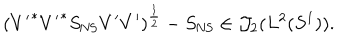
LaTeX: ( { V ^ { \prime } } ^ { * } { V ^ { \prime } } ^ { * } S _ { \mathrm { N S } } V ^ { \prime } V ^ { \prime } ) ^ { \frac { 1 } { 2 } } - S _ { \mathrm { N S } } \in { \cal J } _ { 2 } ( L ^ { 2 } ( S ^ { 1 } ) ) .